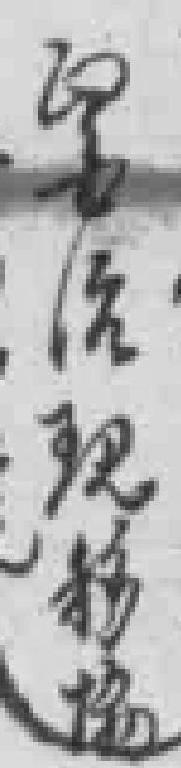
醫治现協和